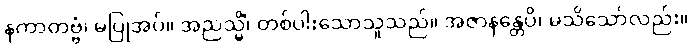
နကာတဗ္ဗံ၊ မပြုအပ်။ အညသ္မိံ၊ တစ်ပါးသောသူသည်။ အဇာနန္တေပိ၊ မသိသော်လည်း။